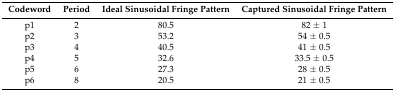
<table><thead><tr><td><b>Codeword</b></td><td><b>Period</b></td><td><b>Ideal Sinusoidal Fringe Pattern</b></td><td><b>Captured Sinusoidal Fringe Pattern</b></td></tr></thead><tbody><tr><td>p1</td><td>2</td><td>80.5</td><td>82 ± 1</td></tr><tr><td>p2</td><td>3</td><td>53.2</td><td>54 ± 0.5</td></tr><tr><td>p3</td><td>4</td><td>40.5</td><td>41 ± 0.5</td></tr><tr><td>p4</td><td>5</td><td>32.6</td><td>33.5 ± 0.5</td></tr><tr><td>p5</td><td>6</td><td>27.3</td><td>28 ± 0.5</td></tr><tr><td>p6</td><td>8</td><td>20.5</td><td>21 ± 0.5</td></tr></tbody></table>